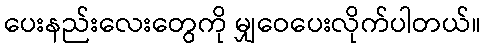
ပေးနည်းလေးတွေကို မျှဝေပေးလိုက်ပါတယ်။